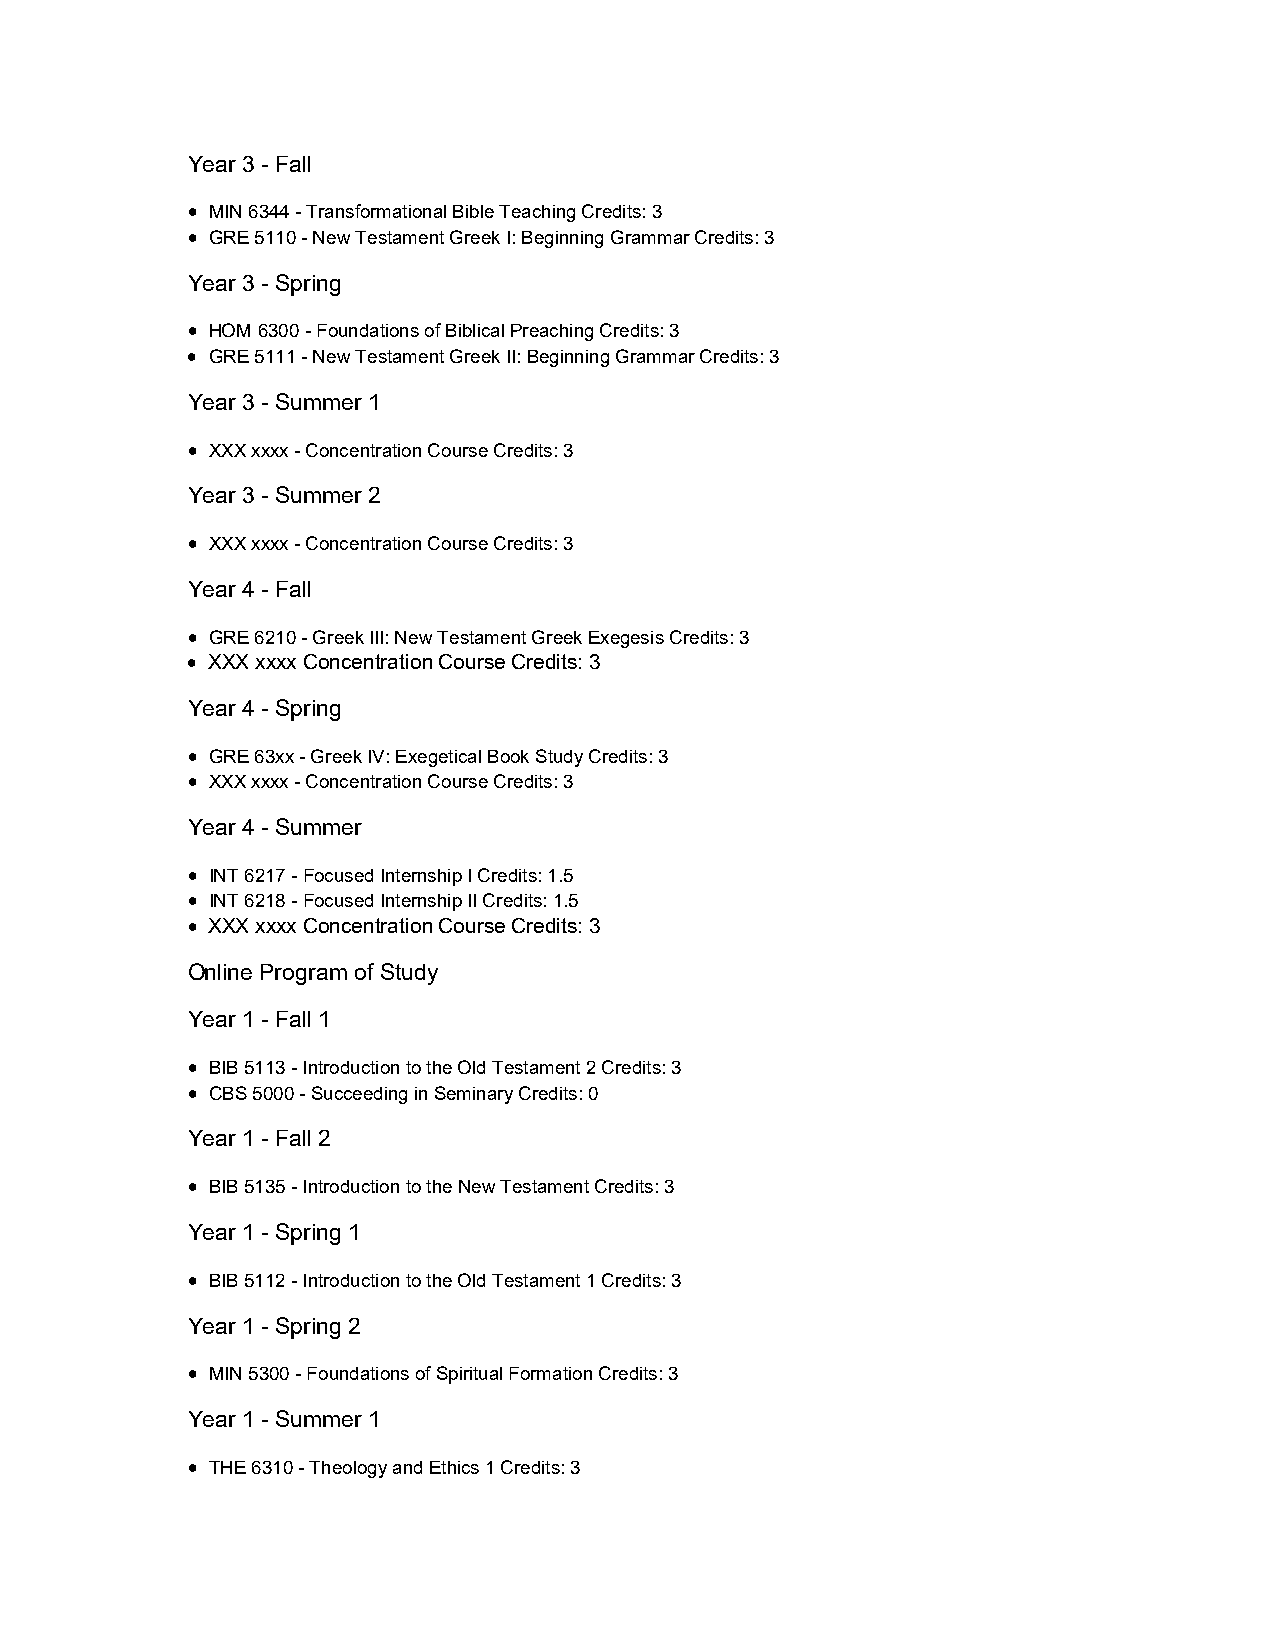
Year 3 - Fall
  MIN 6344 - Transformational Bible Teaching Credits: 3
  GRE 5110 - New Testament Greek I: Beginning Grammar Credits: 3
 Year 3 - Spring
  HOM 6300 - Foundations of Biblical Preaching Credits: 3
  GRE 5111 - New Testament Greek II: Beginning Grammar Credits: 3
 Year 3 - Summer 1
  XXX xxxx - Concentration Course Credits: 3
 Year 3 - Summer 2
  XXX xxxx - Concentration Course Credits: 3
 Year 4 - Fall
  GRE 6210 - Greek III: New Testament Greek Exegesis Credits: 3
  XXX xxxx Concentration Course Credits: 3
 Year 4 - Spring
  GRE 63xx - Greek IV: Exegetical Book Study Credits: 3
  XXX xxxx - Concentration Course Credits: 3
 Year 4 - Summer
  INT 6217 - Focused Internship I Credits: 1.5
  INT 6218 - Focused Internship II Credits: 1.5
  XXX xxxx Concentration Course Credits: 3
 Online Program of Study
 Year 1 - Fall 1
  BIB 5113 - Introduction to the Old Testament 2 Credits: 3
  CBS 5000 - Succeeding in Seminary Credits: 0
 Year 1 - Fall 2
  BIB 5135 - Introduction to the New Testament Credits: 3
 Year 1 - Spring 1
  BIB 5112 - Introduction to the Old Testament 1 Credits: 3
 Year 1 - Spring 2
  MIN 5300 - Foundations of Spiritual Formation Credits: 3
 Year 1 - Summer 1
  THE 6310 - Theology and Ethics 1 Credits: 3